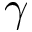
\boldsymbol { \gamma }